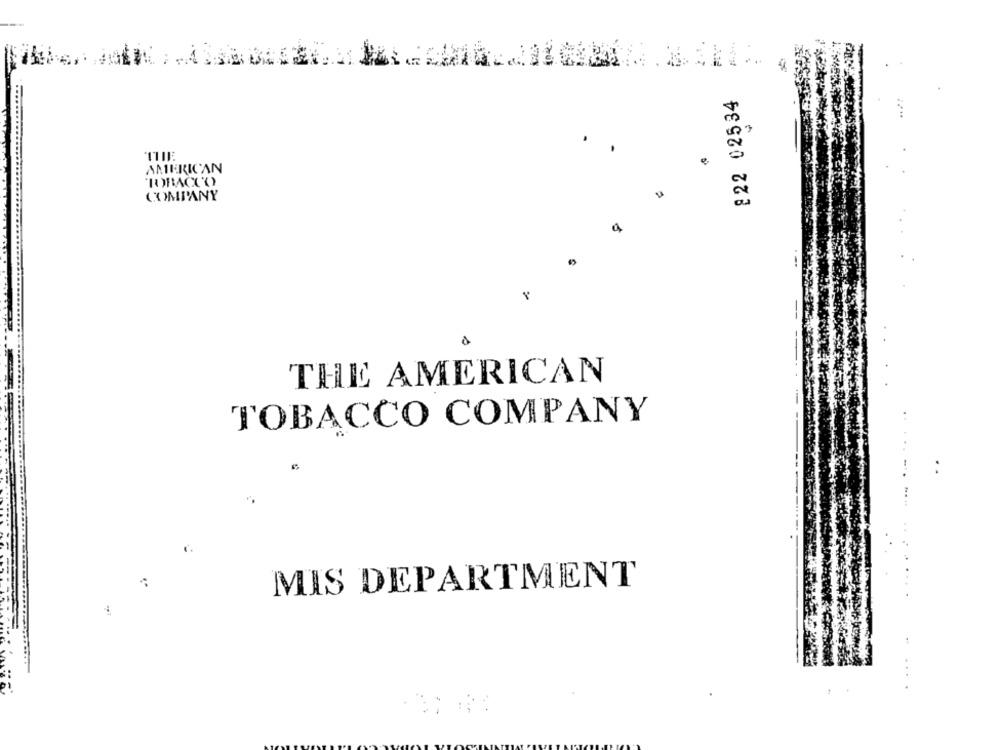
.
822 02534
AMERICAN
TOMACCO
COMPANY
THE AMERICAN
TOBACCO COMPANY
MIS DEPARTMENT
...